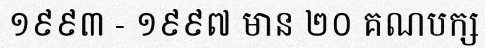
១៩៩៣ - ១៩៩៧ មាន ២០ គណបក្ស